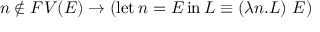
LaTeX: n \not \in F V ( E ) \to ( \operatorname { l e t } n = E \operatorname { i n } L \equiv ( \lambda n . L ) \ E )